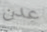
عدن